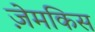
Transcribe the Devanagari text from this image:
ज़ेमकिस